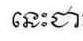
នេះជា